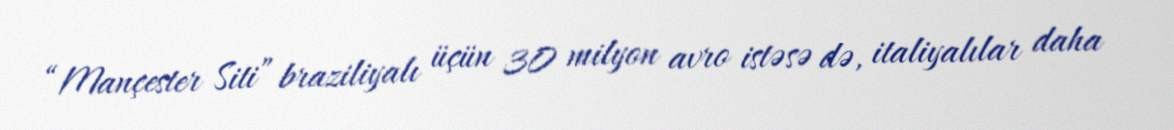
“Mançester Siti” braziliyalı üçün 30 milyon avro istəsə də, italiyalılar daha